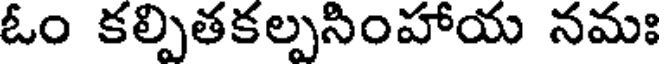
ఓం కల్పితకల్పసింహాయ నమః